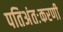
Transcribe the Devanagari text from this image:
पतिअंतःकरणी